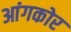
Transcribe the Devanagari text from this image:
आंगकोर